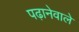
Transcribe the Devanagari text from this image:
पढ़ानेवाले